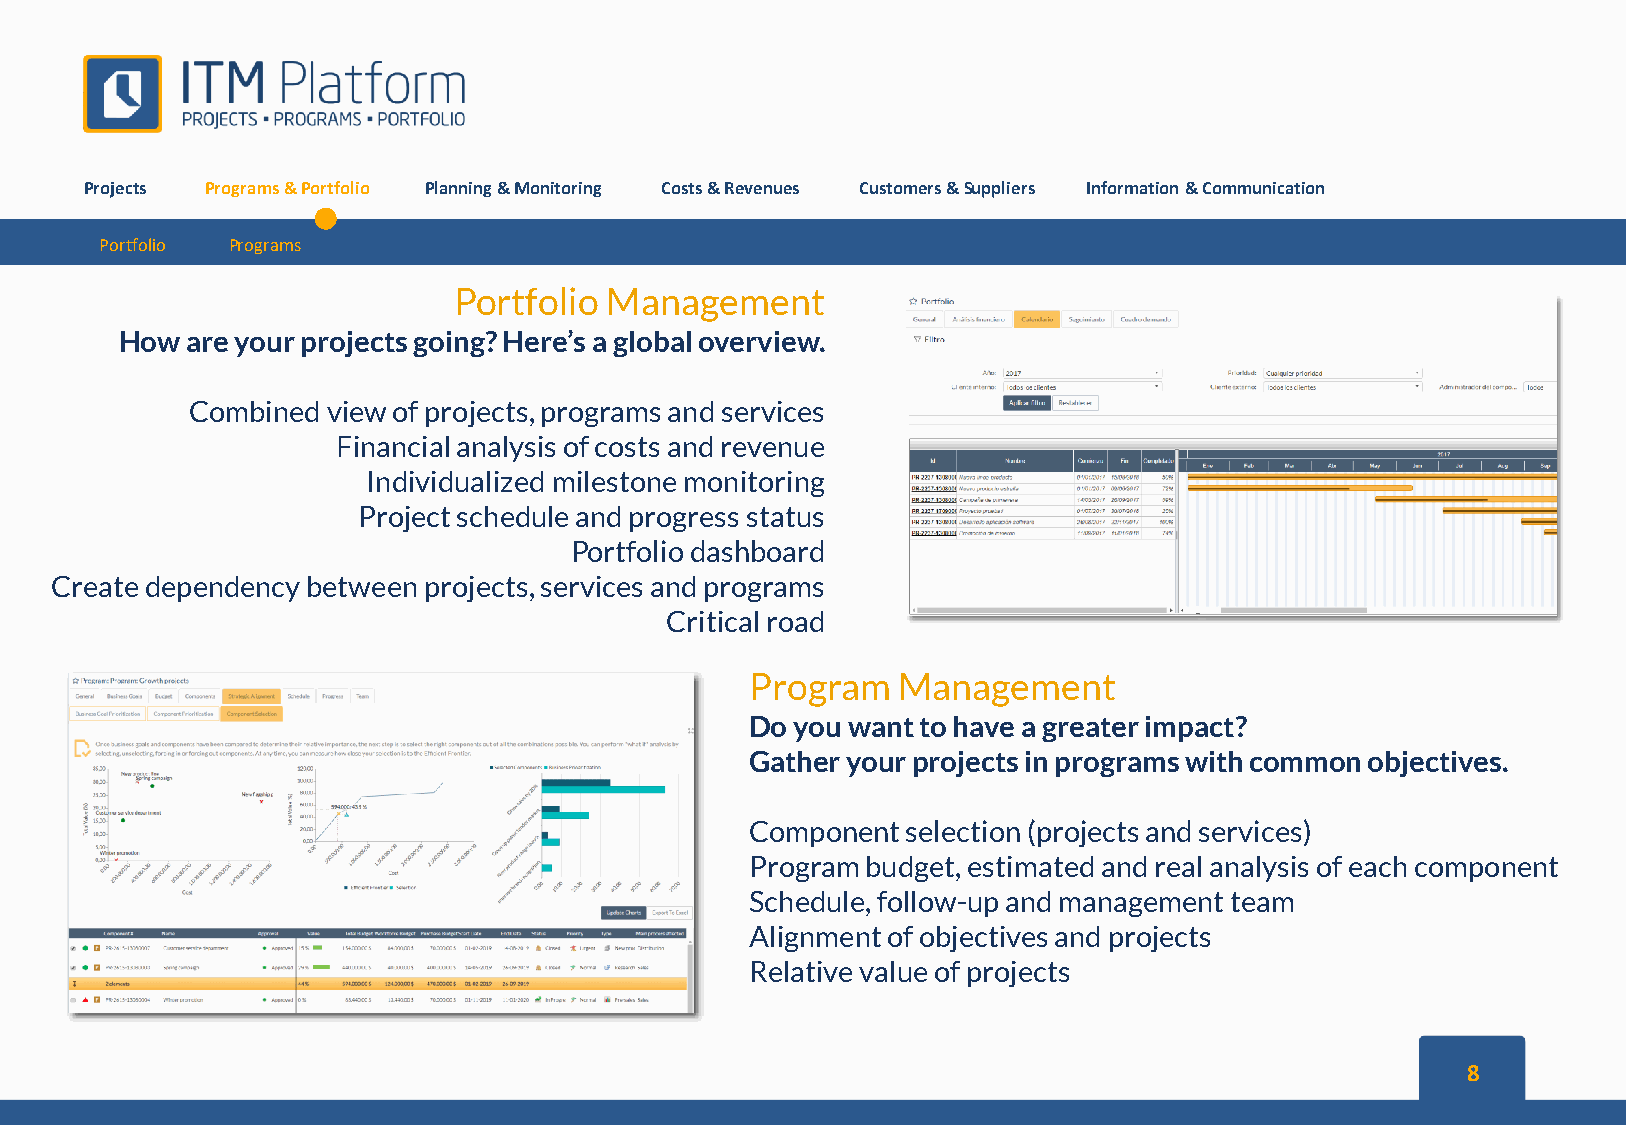
Projects Programs&Portfolio Planning&Monitoring Costs&Revenues Customers&Suppliers Information&Communication
 Portfolio Programs
 Portfolio Management
 How are your projects going? Here’s a global overview.
 Combined  view of projects, programs and services
 Financial analysis of costs and revenue
 Individualized milestone monitoring
 Project schedule and progress status
 Portfolio dashboard
 Create dependency between projects, services and programs
 Critical road
 Program  Management
 Do you want to have a greater impact?
 Gather your projects in programs with common objectives.
 Component selection (projects and services)
 Program budget, estimated and real analysis of each component
 Schedule, follow-up and management team
 Alignment of objectives and projects
 Relative value of projects
 8